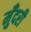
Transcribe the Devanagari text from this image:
मुँदरी